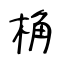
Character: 桷